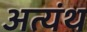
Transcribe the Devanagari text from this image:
अत्यंथ